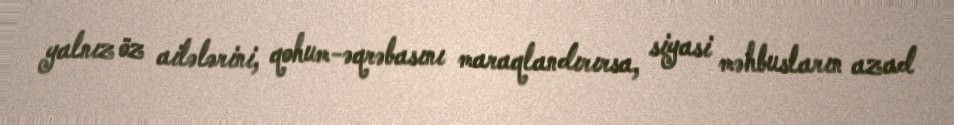
yalnız öz ailələrini, qohum-əqrəbasını maraqlandırırsa, siyasi məhbusların azad